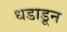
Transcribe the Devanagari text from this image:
धडाडून